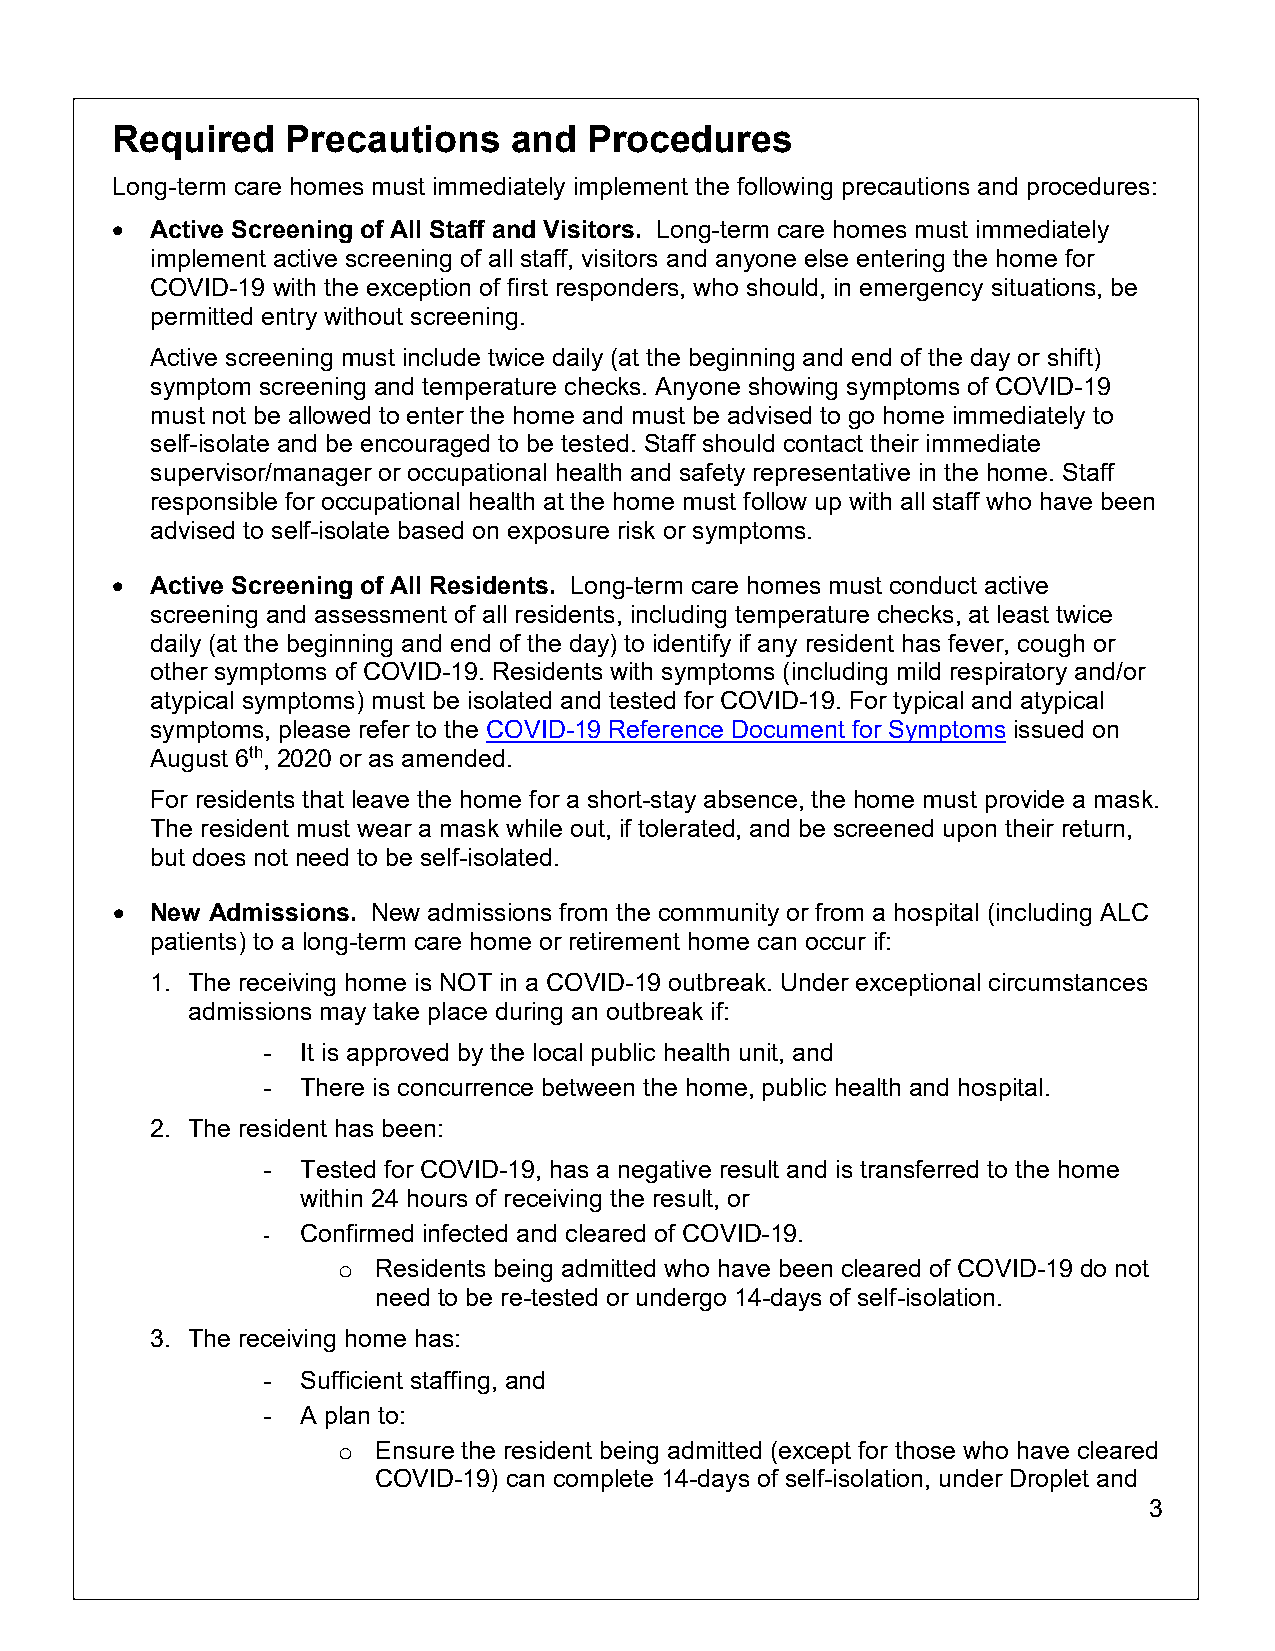
Required    Precautions    and  Procedures
 Long-term care homes must immediately implement the following precautions and procedures:
 •  Active Screening of All Staff and Visitors. Long-term care homes must immediately
 implement active screening of all staff, visitors and anyone else entering the home for
 COVID-19 with the exception of first responders, who should, in emergency situations, be
 permitted entry without screening.
 Active screening must include twice daily (at the beginning and end of the day or shift)
 symptom screening and temperature checks. Anyone showing symptoms of COVID-19
 must not be allowed to enter the home and must be advised to go home immediately to
 self-isolate and be encouraged to be tested. Staff should contact their immediate
 supervisor/manager or occupational health and safety representative in the home. Staff
 responsible for occupational health at the home must follow up with all staff who have been
 advised to self-isolate based on exposure risk or symptoms.
 •  Active Screening of All Residents. Long-term care homes must conduct active
 screening and assessment of all residents, including temperature checks, at least twice
 daily (at the beginning and end of the day) to identify if any resident has fever, cough or
 other symptoms of COVID-19. Residents with symptoms (including mild respiratory and/or
 atypical symptoms) must be isolated and tested for COVID-19. For typical and atypical
 symptoms, please refer to the COVID-19 Reference Document for Symptoms issued on
 August 6th, 2020 or as amended.
 For residents that leave the home for a short-stay absence, the home must provide a mask.
 The resident must wear a mask while out, if tolerated, and be screened upon their return,
 but does not need to be self-isolated.
 •  New Admissions. New admissions from the community or from a hospital (including ALC
 patients) to a long-term care home or retirement home can occur if:
 1. The receiving home is NOT in a COVID-19 outbreak. Under exceptional circumstances
 admissions may take place during an outbreak if:
 -  It is approved by the local public health unit, and
 -  There is concurrence between the home, public health and hospital.
 2. The resident has been:
 -  Tested for COVID-19, has a negative result and is transferred to the home
 within 24 hours of receiving the result, or
 -  Confirmed infected and cleared of COVID-19.
 Residents being admitted who have been cleared of COVID-19 do not
 o
 need to be re-tested or undergo 14-days of self-isolation.
 3. The receiving home has:
 -  Sufficient staffing, and
 -  A plan to:
 Ensure the resident being admitted (except for those who have cleared
 o
 COVID-19) can complete 14-days of self-isolation, under Droplet and
 3